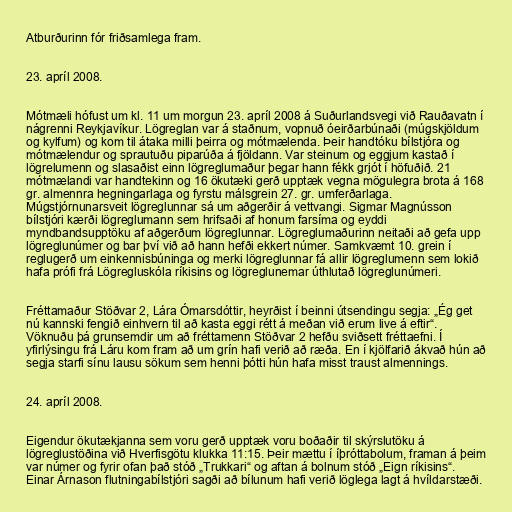
Atburðurinn fór friðsamlega fram.

23. apríl 2008.

Mótmæli hófust um kl. 11 um morgun 23. apríl 2008 á Suðurlandsvegi við Rauðavatn í
nágrenni Reykjavíkur. Lögreglan var á staðnum, vopnuð óeirðarbúnaði (múgskjöldum
og kylfum) og kom til átaka milli þeirra og mótmælenda. Þeir handtóku bílstjóra og
mótmælendur og sprautuðu piparúða á fjöldann. Var steinum og eggjum kastað í
lögrelumenn og slasaðist einn lögreglumaður þegar hann fékk grjót í höfuðið. 21
mótmælandi var handtekinn og 16 ökutæki gerð upptæk vegna mögulegra brota á 168
gr. almennra hegningarlaga og fyrstu málsgrein 27. gr. umferðarlaga.
Múgstjórnunarsveit lögreglunnar sá um aðgerðir á vettvangi. Sigmar Magnússon
bílstjóri kærði lögreglumann sem hrifsaði af honum farsíma og eyddi
myndbandsupptöku af aðgerðum lögreglunnar. Lögreglumaðurinn neitaði að gefa upp
lögreglunúmer og bar því við að hann hefði ekkert númer. Samkvæmt 10. grein í
reglugerð um einkennisbúninga og merki lögreglunnar fá allir lögreglumenn sem lokið
hafa prófi frá Lögregluskóla ríkisins og lögreglunemar úthlutað lögreglunúmeri.

Fréttamaður Stöðvar 2, Lára Ómarsdóttir, heyrðist í beinni útsendingu segja: „Ég get
nú kannski fengið einhvern til að kasta eggi rétt á meðan við erum live á eftir“.
Vöknuðu þá grunsemdir um að fréttamenn Stöðvar 2 hefðu sviðsett fréttaefni. Í
yfirlýsingu frá Láru kom fram að um grín hafi verið að ræða. En í kjölfarið ákvað hún að
segja starfi sínu lausu sökum sem henni þótti hún hafa misst traust almennings.

24. apríl 2008.

Eigendur ökutækjanna sem voru gerð upptæk voru boðaðir til skýrslutöku á
lögreglustöðina við Hverfisgötu klukka 11:15. Þeir mættu í íþróttabolum, framan á þeim
var númer og fyrir ofan það stóð „Trukkari“ og aftan á bolnum stóð „Eign ríkisins“.
Einar Árnason flutningabílstjóri sagði að bílunum hafi verið löglega lagt á hvíldarstæði.